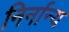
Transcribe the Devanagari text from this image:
निर्नान्य